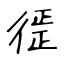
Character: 徰